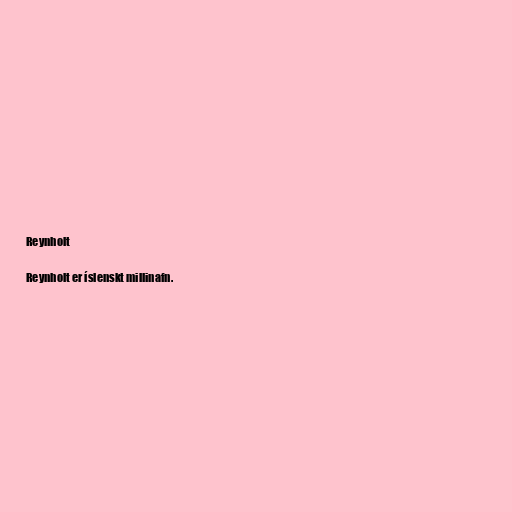
Reynholt

Reynholt er íslenskt millinafn.